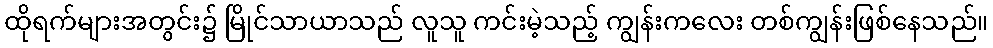
ထိုရက်များအတွင်း၌ မြိုင်သာယာသည် လူသူ ကင်းမဲ့သည့် ကျွန်းကလေး တစ်ကျွန်းဖြစ်နေသည်။